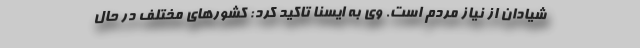
شیادان از نیاز مردم است. وی به ایسنا تاکید کرد: کشورهای مختلف در حال